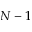
N - 1